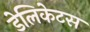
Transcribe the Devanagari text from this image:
डेलिकेटस